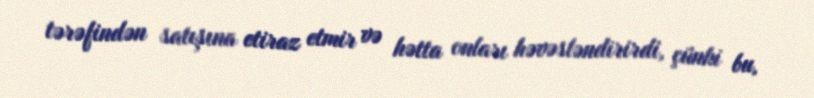
tərəfindən satışına etiraz etmir və hətta onları həvəsləndirirdi, çünki bu,